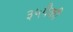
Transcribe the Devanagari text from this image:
३५पैकी